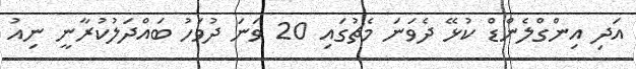
އަދި އިންގްލެންޑް ކުޅޭ ދެވަނަ މެޗުގައި 20 ވަނަ ދުވަހު ބައްދަލުކުރާނީ ނިއު